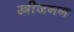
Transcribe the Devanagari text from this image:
स्त्रीजनन